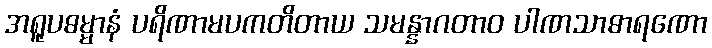
အရူပဓမ္မာနံ ပရိဏာမပကတိတာယ သမန္နာဂတာဝ ပါဏသာဓာရဏော